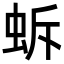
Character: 蚸